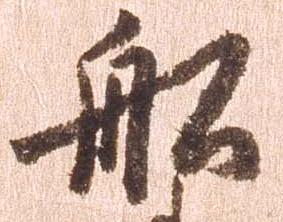
船